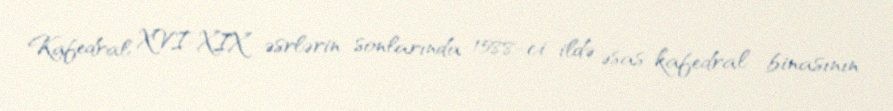
Kafedral XVI-XIX əsrlərin sonlarında 1588-ci ildə əsas kafedral binasının